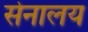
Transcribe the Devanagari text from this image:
सेनालय